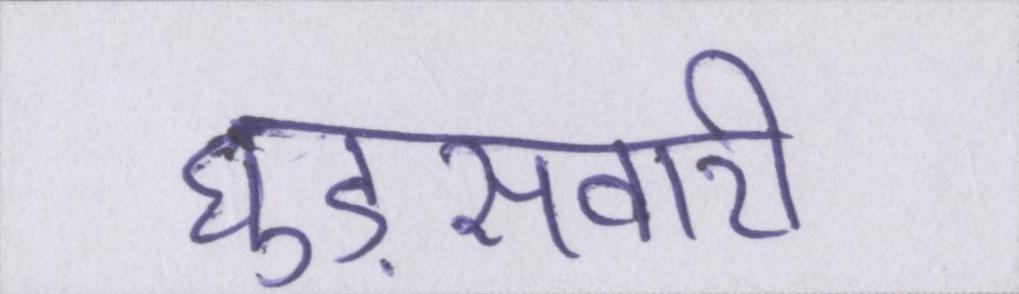
घुड़सवारी